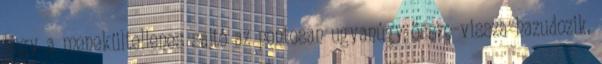
hogy a menekültellenes sajtó az pontosan ugyanúgy össze-vissza hazudozik,